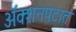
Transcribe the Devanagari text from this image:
अॅक्शनपटात